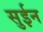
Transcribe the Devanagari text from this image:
सुईन